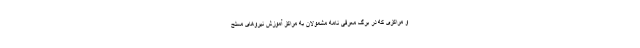
و مراکزی که در برگ معرفی نامه مشمولان به مراکز آموزش نیروهای مسلح